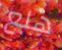
هلع